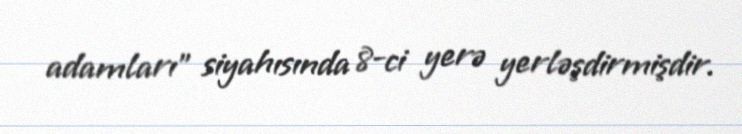
adamları" siyahısında 8-ci yerə yerləşdirmişdir.